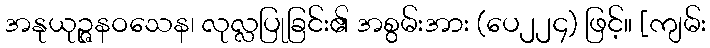
အနုယုဉ္ဇနဝသေန၊ လုလ္လပြုခြင်း၏ အစွမ်းအား (ပေ၂၂၄) ဖြင့်။ [ကျမ်း